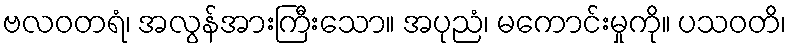
ဗလဝတရံ၊ အလွန်အားကြီးသော။ အပုညံ၊ မကောင်းမှုကို။ ပသဝတိ၊